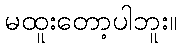
မထူးတော့ပါဘူး။